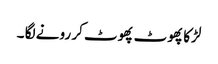
لڑکا پھوٹ پھوٹ کر رونے لگا ۔